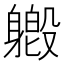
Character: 𫏯